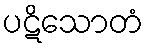
ပဋိသောတံ